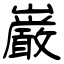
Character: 巌